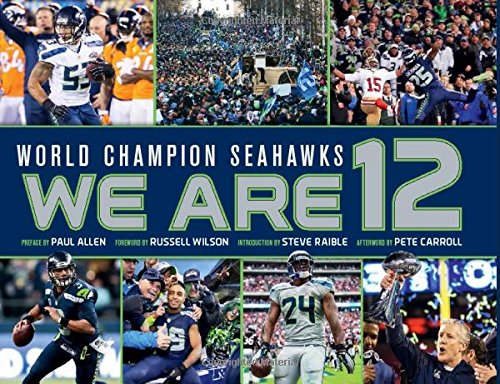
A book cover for World Champion Seattle Seahawks: We Are 12; Paul Allen; Sports & Outdoors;